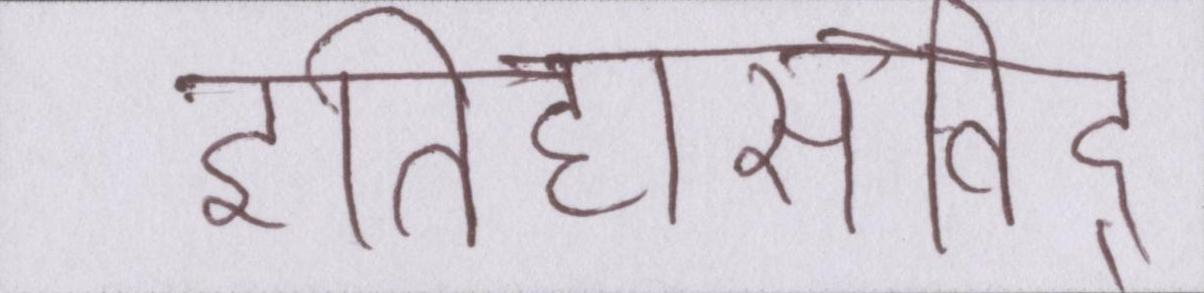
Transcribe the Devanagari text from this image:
इतिहासविद्